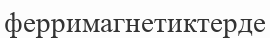
ферримагнетиктерде